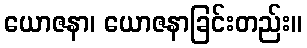
ယောဇနာ၊ ယောဇနာခြင်းတည်း။